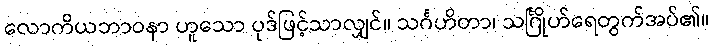
လောကိယဘာဝနာ ဟူသော ပုဒ်ဖြင့်သာလျှင်။ သင်္ဂဟိတာ၊ သင်္ဂြိုဟ်ရေတွက်အပ်၏။